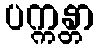
ပက္ကန္တာ